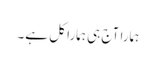
ہمارا آج ہی ہمارا کل ہے۔